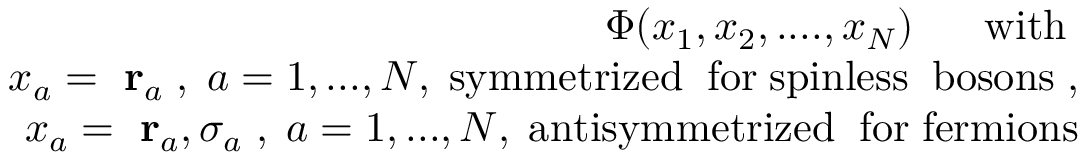
\begin{array} { r l r } & { } & { \Phi ( x _ { 1 } , x _ { 2 } , . . . . , x _ { N } ) \; \; \; \; \; \; \mathrm { w i t h } \; } \\ & { } & { x _ { a } = \mathrm { \bf ~ r } _ { a } \; , \; a = 1 , . . . , N , \; \mathrm { s y m m e t r i z e d \; \; f o r \; s p i n l e s s \; \; b o s o n s } \; , } \\ & { } & { x _ { a } = \mathrm { \bf ~ r } _ { a } , \sigma _ { a } \; , \; a = 1 , . . . , N , \; \mathrm { a n t i s y m m e t r i z e d \; \; f o r \; f e r m i o n s } } \end{array}